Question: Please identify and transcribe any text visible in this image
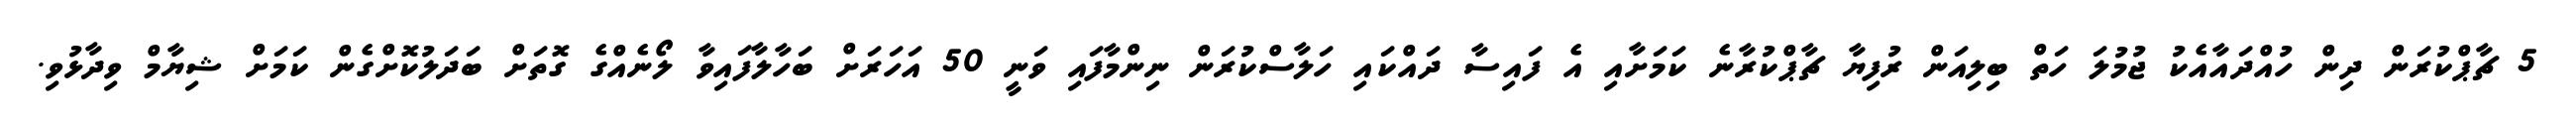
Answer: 5 ޗާޕްކުރަން ދިން ހުއްދައާއެކު ޖުމުލަ ހަތް ބިލިއަން ރުފިޔާ ޗާޕްކުރާނެ ކަމަށާއި އެ ފައިސާ ދައްކައި ހަލާސްކުރަން ނިންމާފައި ވަނީ 50 އަހަރަށް ބަހާލާފައިވާ ލޯނެއްގެ ގޮތަށް ބަދަލުކޮށްގެން ކަމަށް ޝިޔާމް ވިދާޅުވި.